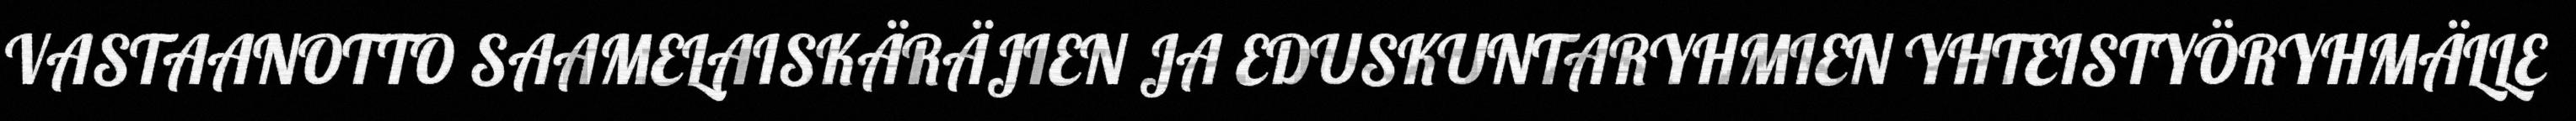
VASTAANOTTO SAAMELAISKÄRÄJIEN JA EDUSKUNTARYHMIEN YHTEISTYÖRYHMÄLLE